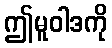
ဤမူဝါဒကို